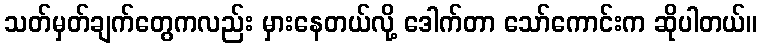
သတ်မှတ်ချက်တွေကလည်း မှားနေတယ်လို့ ဒေါက်တာ သော်ကောင်းက ဆိုပါတယ်။